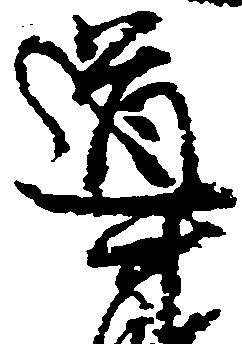
導